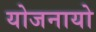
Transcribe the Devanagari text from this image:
योजनायो